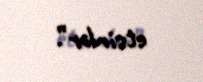
etsinlər”.